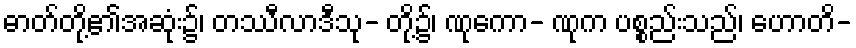
ဓာတ်တို့၏အဆုံး၌၊ တဿီလာဒီသု- တို့၌၊ ဏုကော- ဏုက ပစ္စည်းသည်၊ ဟောတိ-